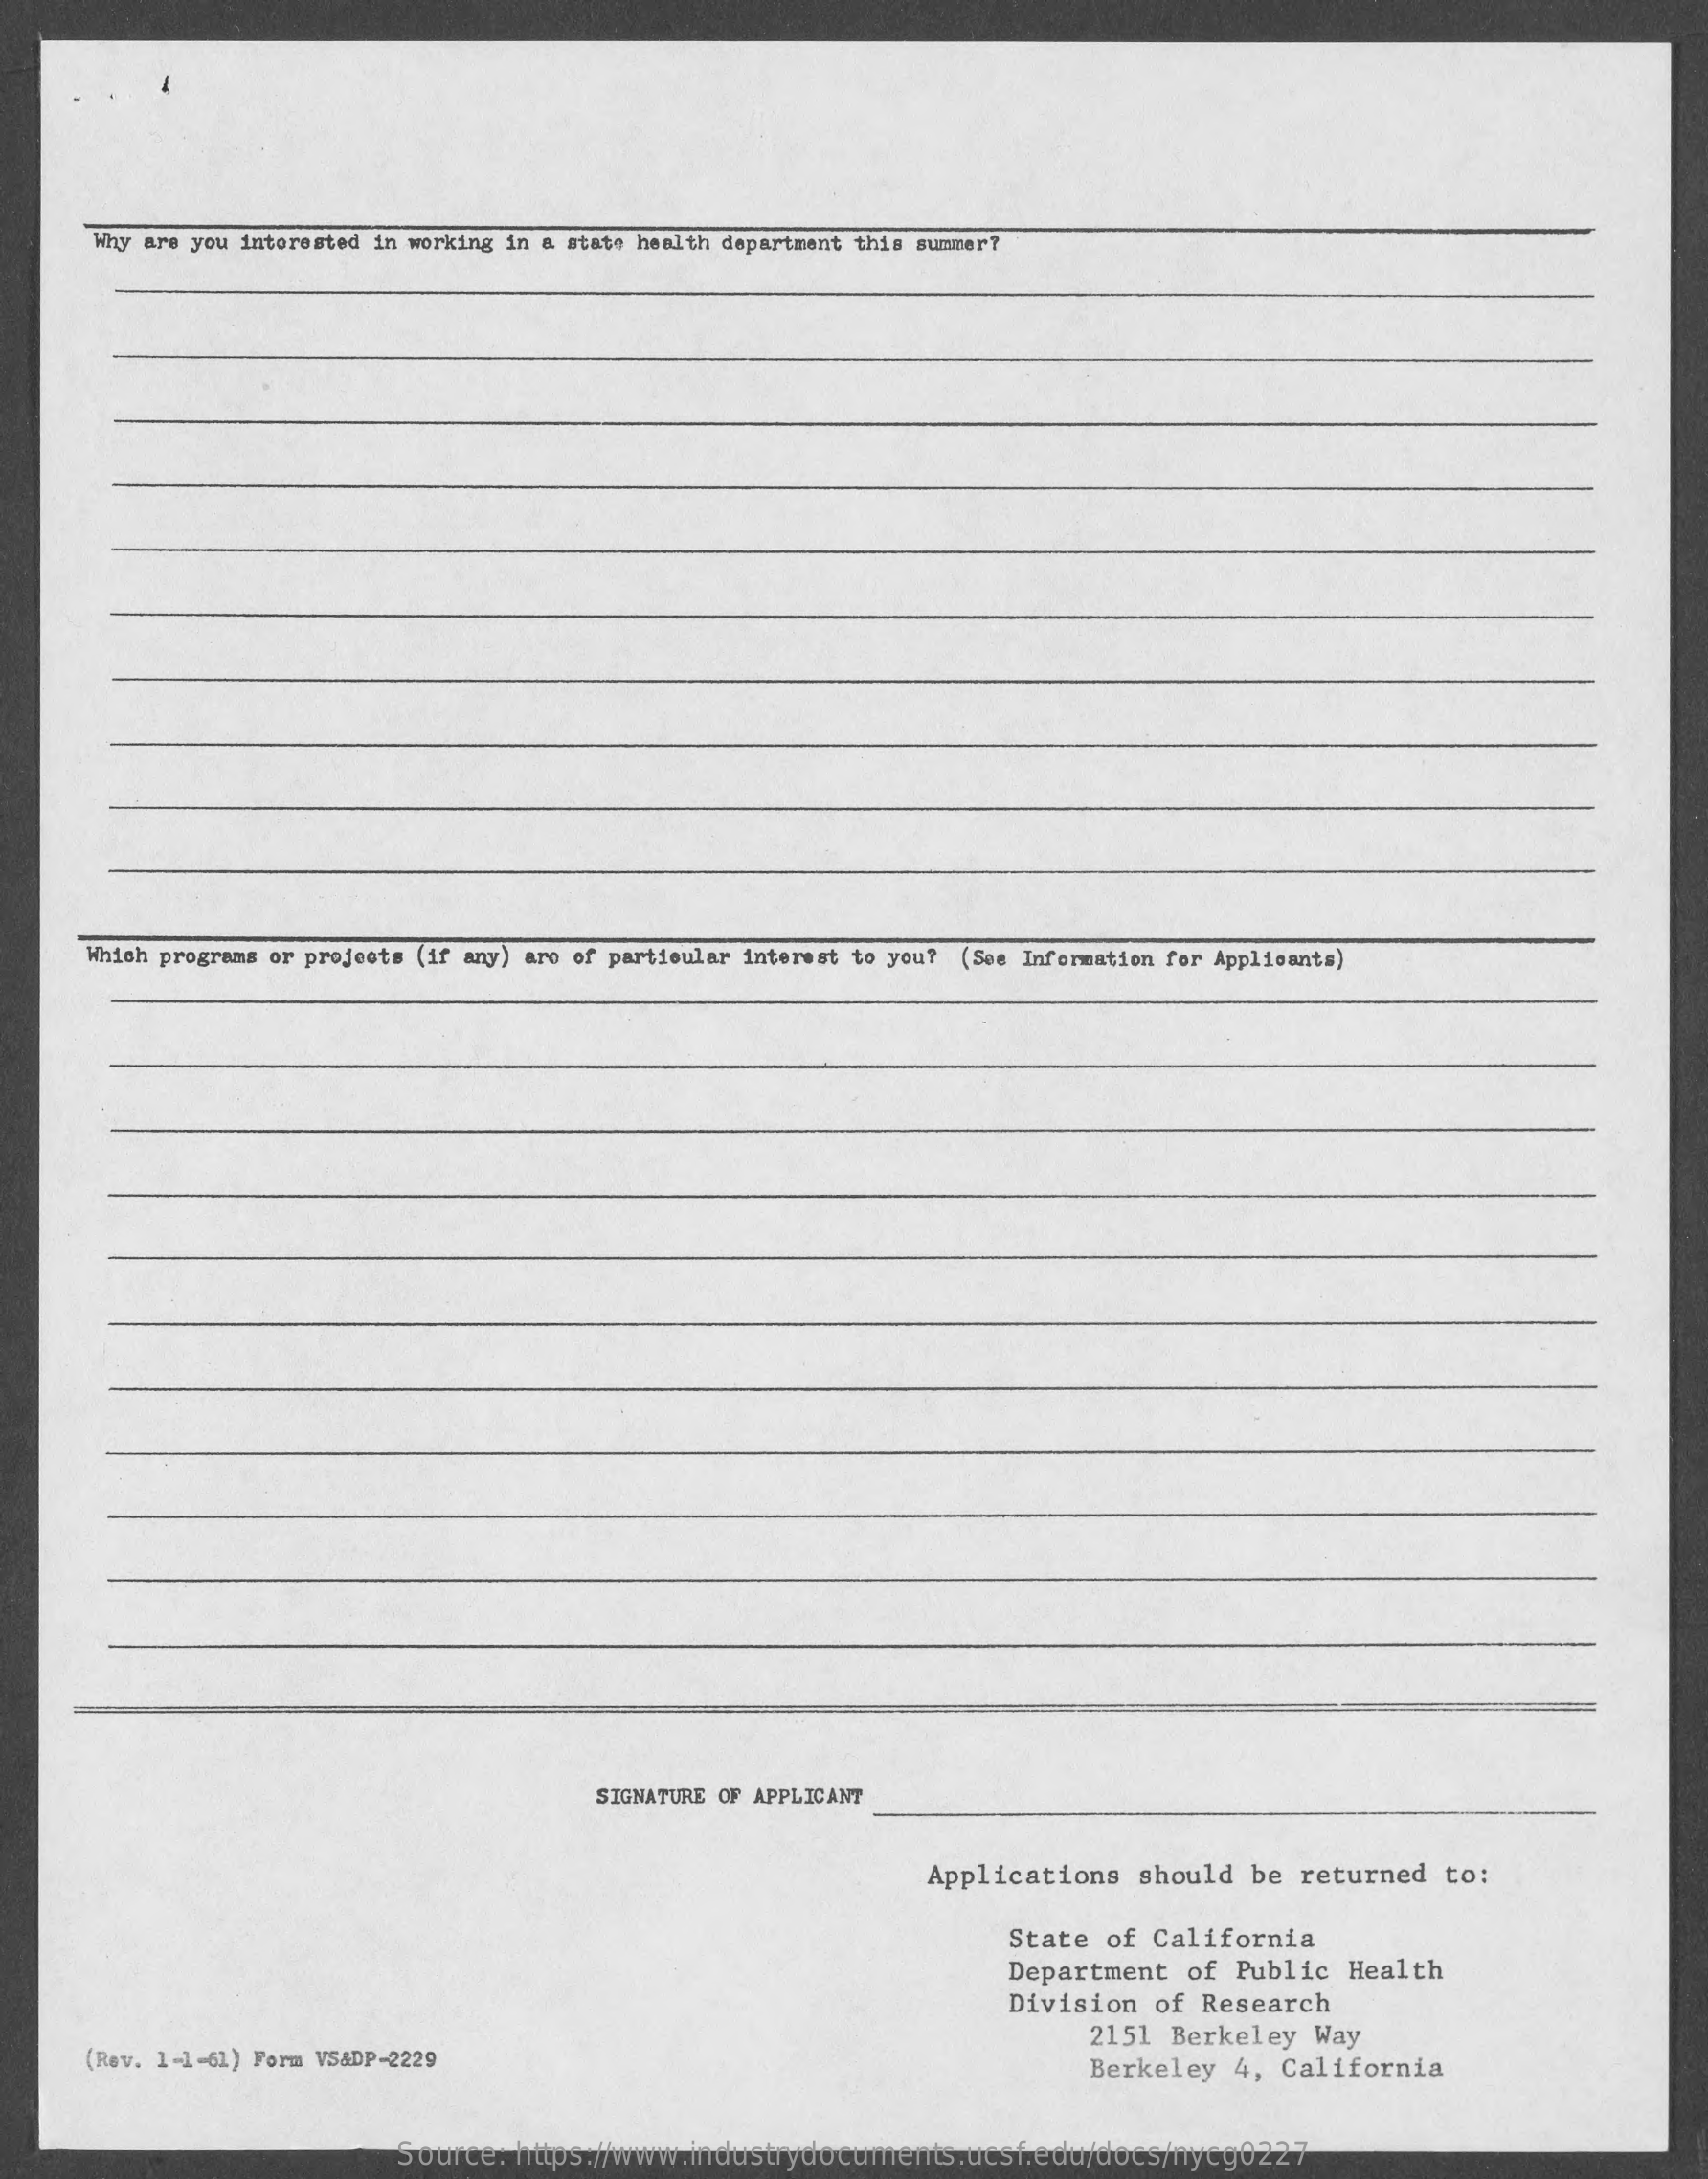
Why are you interested in working in a state health department this summer?
     Which programs or projects (if any) are of particular interest to you? (See Information for Applicants)
     SIGNATURE OF APPLICANT
     Applications  should  be  returned  to:
     State of California
     Department  of Public  Health
     Division of  Research
     (Rev. 1-1-61) Form VS&DP-2229
     2151  Berkeley Way
     Berkeley  4, California
     Source:  https://www.industrydocuments.ucsf.edu/docs/nycg0227